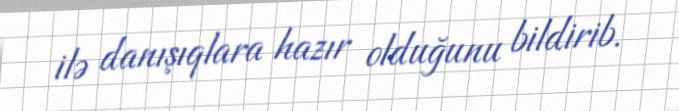
ilə danışıqlara hazır olduğunu bildirib.